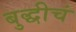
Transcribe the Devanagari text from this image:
बुद्धीचं